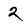
Character: 2